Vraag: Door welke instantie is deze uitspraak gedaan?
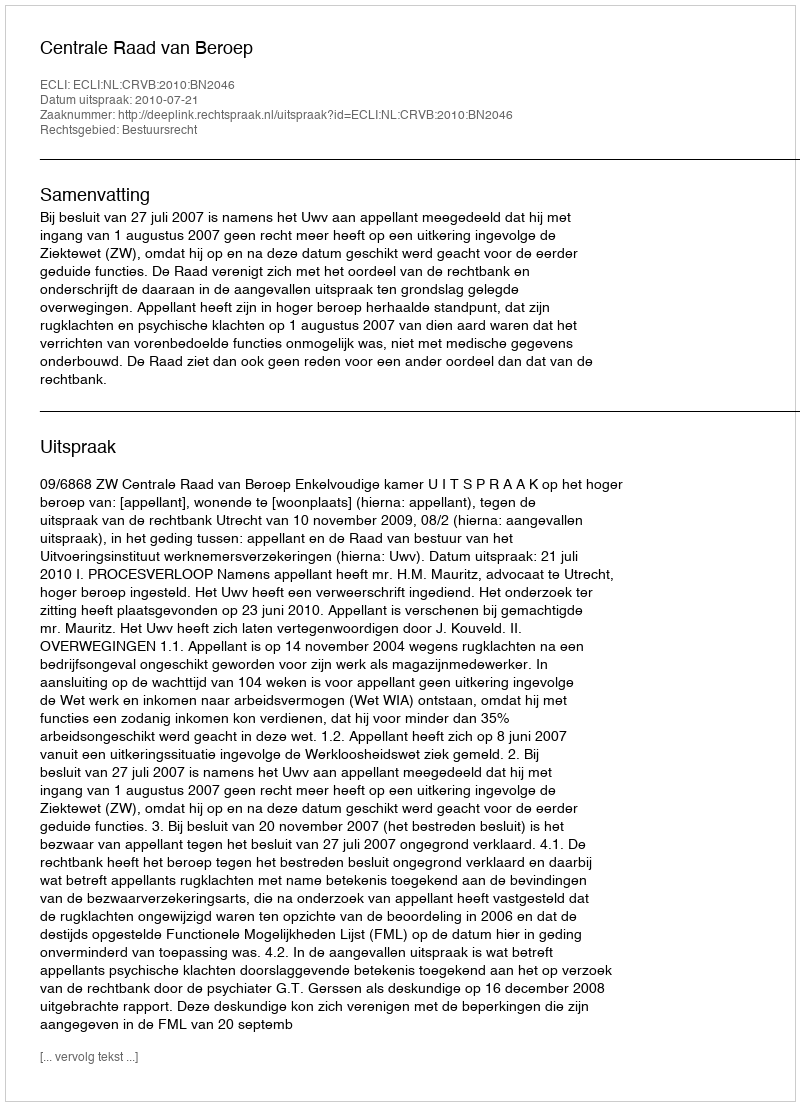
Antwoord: Centrale Raad van Beroep